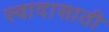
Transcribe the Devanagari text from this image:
स्वादासाठी